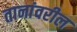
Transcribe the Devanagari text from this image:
तानांवरील